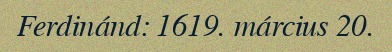
Ferdinánd: 1619. március 20.